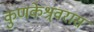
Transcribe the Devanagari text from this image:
कुणकेश्र्वरास